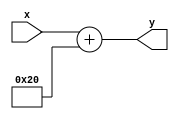
// Add a constant value of 32 to obtain the Fahrenheit temperature
//
// Written by David Marion
`timescale 1ns / 1ps
module add_32(
    input [7:0] x,
    output reg [7:0] y
    );
    
    always @(*) begin
        y = x + 32;
    end
    
endmodule